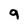
Character: 9